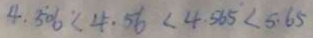
4 . 5 0 6 < 4 . 5 6 < 4 . 5 6 5 < 5 . 6 5